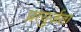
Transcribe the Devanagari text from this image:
प्रत्युर्जता